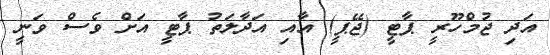
އަދި ޖުމްހޫރީ ޕާޓީ (ޖޭޕީ) އާއި އަދާލަތު ޕާޓީ އަށް ވެސް ވަނީ